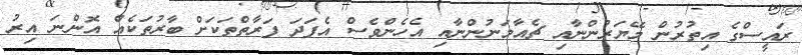
ރައީސްގެ އިތުރުން މޭޔަރުންނާއި ޗެއާމަނުންނާއި އެހެންވެސް އެފަދަ ފަރާތްތަކަށް ބާރުތަކެއް އޮންނަ އިރު